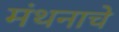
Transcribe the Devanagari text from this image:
मंथनाचे